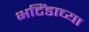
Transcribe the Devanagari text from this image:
भटिंडाच्या